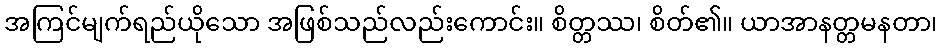
အကြင်မျက်ရည်ယိုသော အဖြစ်သည်လည်းကောင်း။ စိတ္တဿ၊ စိတ်၏။ ယာအာနတ္တမနတာ၊